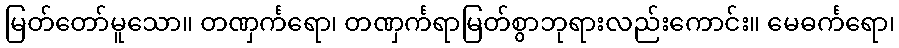
မြတ်တော်မူသော။ တဏှင်္ကရော၊ တဏှင်္ကရာမြတ်စွာဘုရားလည်းကောင်း။ မေဓင်္ကရော၊